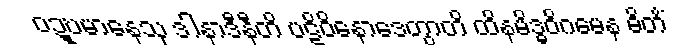
ဝဍ္ဎမာနေသု ဒါနာဒီနီတိ ပဋိဝိနောဒေတွာတိ ထိနမိဒ္ဓဝိဂမေန ဓိတိံ